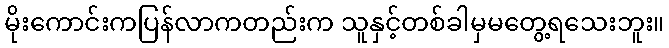
မိုးကောင်းကပြန်လာကတည်းက သူနှင့်တစ်ခါမှမတွေ့ရသေးဘူး။